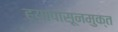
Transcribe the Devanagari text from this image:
ह्यापासूनमुक्त